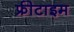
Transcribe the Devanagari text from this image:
फ्रीटाइम